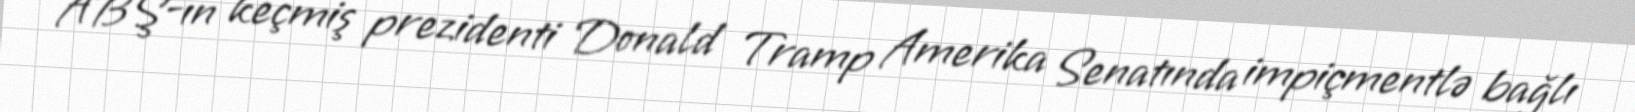
ABŞ-ın keçmiş prezidenti Donald Tramp Amerika Senatında impiçmentlə bağlı